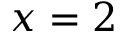
x = 2